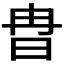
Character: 𣅾